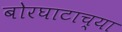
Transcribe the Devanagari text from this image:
बोरघाटाच्या